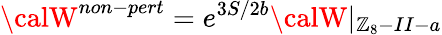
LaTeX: {\calW}^{non-pert}=e^{3S/2b}{\calW}|_{\mathbb{Z}_{8}-II-a}